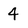
Character: 4